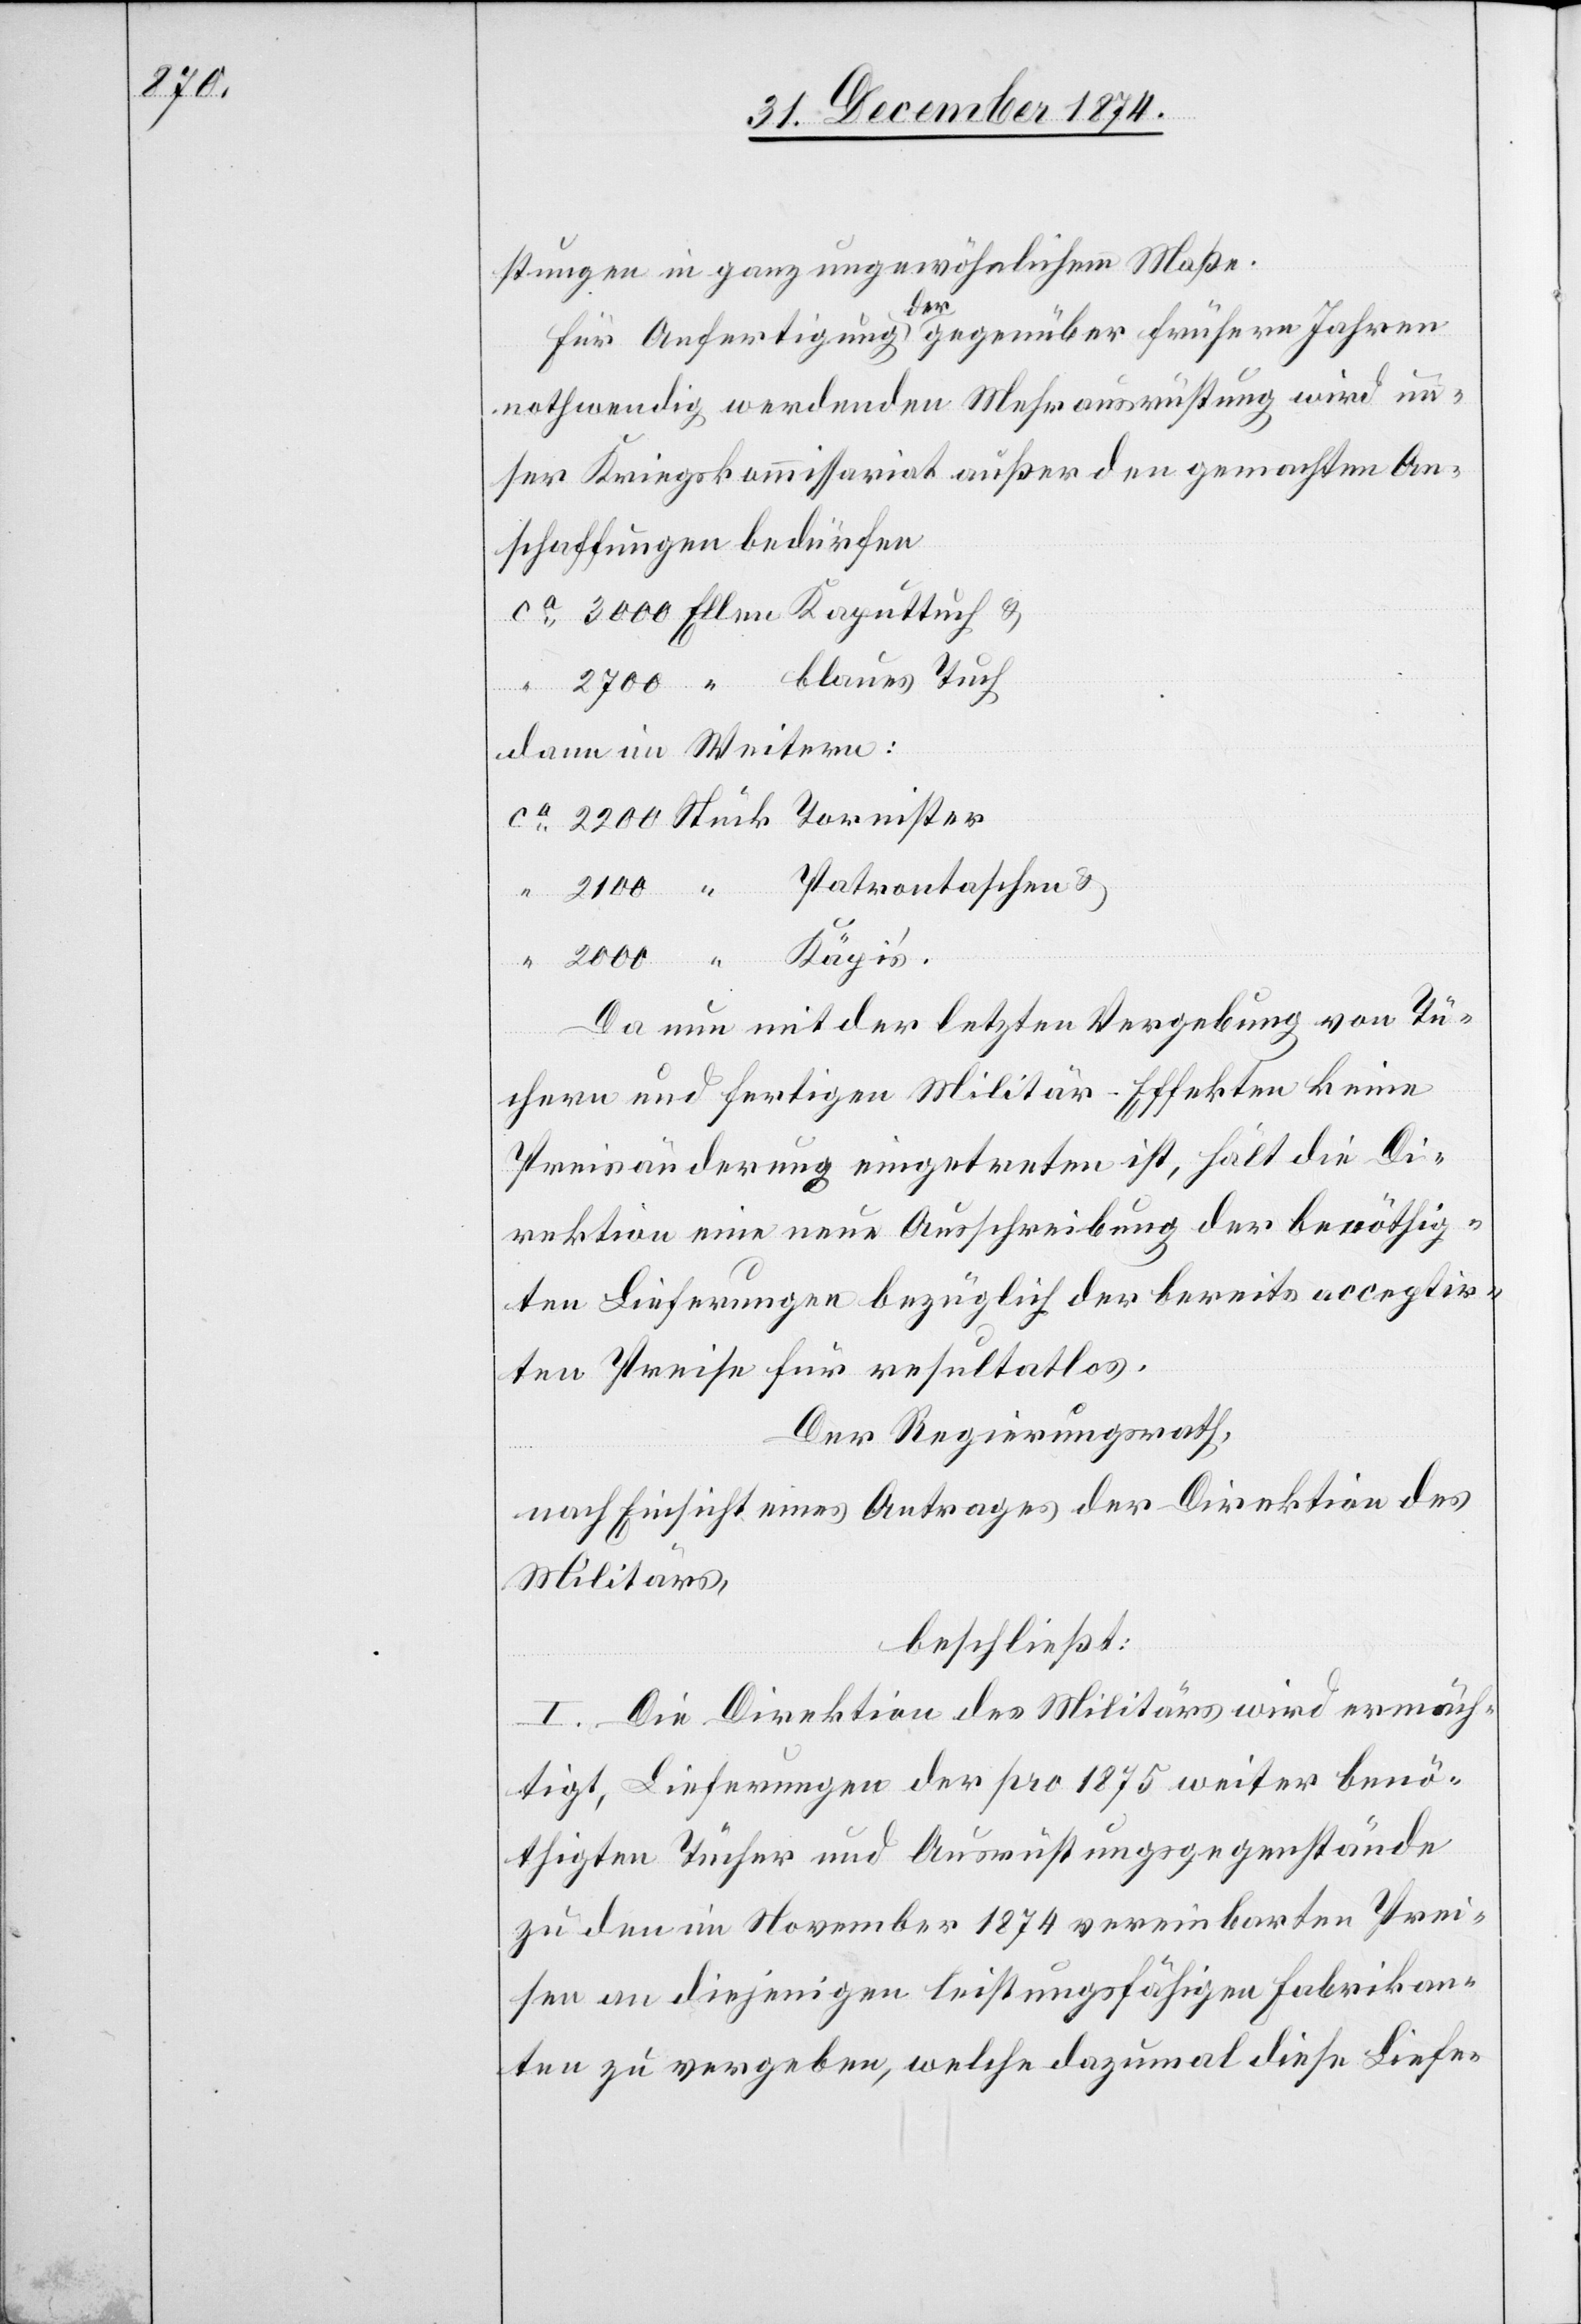
2000

stungen in ganz ungewöhnlichem Maße.
Für Anfertigung der gegenüber früheren Jahren
nothwendig werdenden Mehrausrüstung wird un¬
ser Kriegskommissariat außer den gemachten An¬
schaffungen bedürfen
dann im Weitern:
Da nun mit der letzten Vergebung von Tü¬
chern und fertigen Militär-Effekten keine
Preisänderung eingetreten ist, hält die Di¬
rektion eine neue Ausschreibung der benöthig¬
ten Lieferungen bezüglich der bereits acceptir¬
ten Preise für resultatlos.
Der Regierungsrath,
nach Einsicht eines Antrages der Direktion des
Militärs,
beschließt:
I. Die Direktion des Militärs wird ermäch¬
tigt, Lieferungen der pro 1875 weiter benö¬
thigten Tücher und Ausrüstungsgegenstände
zu den im November 1874 vereinbarten Prei¬
sen an diejenigen leistungsfähigen Fabrikan¬
ten zu vergeben, welche dazumal diese Liefe-